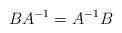
LaTeX: \begin{align*}BA^{-1}=A^{-1}B\end{align*}